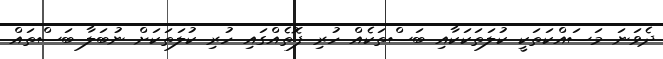
ދެވަނަ މަސައްކަތަކީ ކުލަތަކަކާއި ބަސްތަކެއް ހުރި ފޮތެއްގައި ހުރި ކުލަތަކަށް ނުބަލާ ބަސްތައް